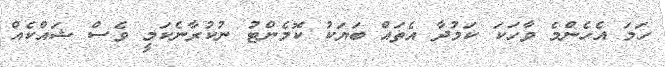
ހަމަ އެހެންމެ ވާހަކަ ކަމުދާ އެތައް ބަޔަކު ކޮމެންޓު ނުކުރާނެކަމީ ވެސް ޝައްކެއް